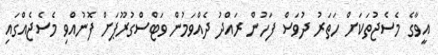
އީވާގެ މެސެޖުތަކަށް ހަތަރު ދުވަސް ފަހުން ރައްދު ދެއްވަމުން ވަޓްސްގުރޫޕަށް ފޮނުއްވި މެސެޖެއްގައި